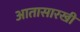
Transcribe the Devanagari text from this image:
आतासारखी